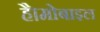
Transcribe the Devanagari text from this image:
है।मोबाइल